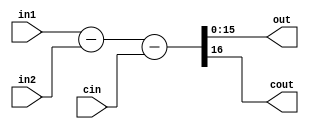
module SUB16 #(parameter SIZE = 16)(input [SIZE-1:0] in1, in2, 
    input cin, output [SIZE-1:0] out, output cout);
assign {cout, out} = in1 - in2 - cin;
endmodule